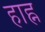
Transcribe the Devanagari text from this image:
हाह्न